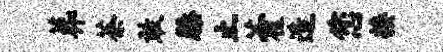
葬茶敢膝止藿造您接